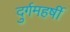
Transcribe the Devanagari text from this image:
दुर्गमहर्षी